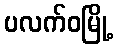
ပလက်ဝမြို့